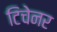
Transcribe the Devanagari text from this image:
टिचेनर